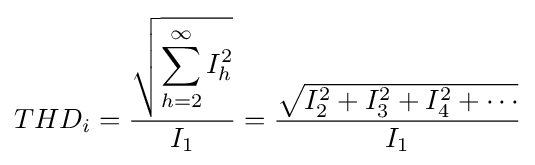
THD_{i}={\frac {\sqrt {\displaystyle \sum _{h=2}^{\infty }I_{h}^{2}}}{I_{1}}}={\frac {\sqrt {I_{2}^{2}+I_{3}^{2}+I_{4}^{2}+\cdots }}{I_{1}}}